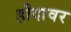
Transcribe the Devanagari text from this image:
हौदावर